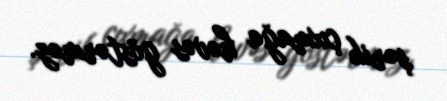
şərik çıxmağa həvəs göstərməz.